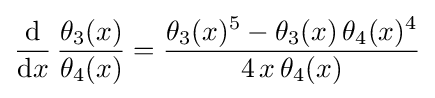
{\frac {\mathrm {d} }{\mathrm {d} x}}\,{\frac {\theta _{3}(x)}{\theta _{4}(x)}}={\frac {\theta _{3}(x)^{5}-\theta _{3}(x)\,\theta _{4}(x)^{4}}{4\,x\,\theta _{4}(x)}}